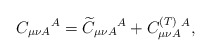
\begin{align*}C_{\mu \nu A}{}^{A}=\widetilde{C}_{\mu \nu A}{}^{A}+C_{\mu \nu A}^{{\footnotesize (T)}}{}^{A}, \end{align*}